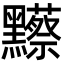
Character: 𪒼